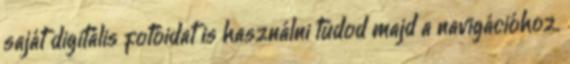
saját digitális fotóidat is használni tudod majd a navigációhoz.